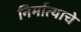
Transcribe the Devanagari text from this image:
निर्मात्याचे